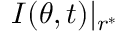
I ( \theta , t ) | _ { r ^ { * } }